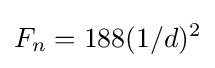
F_{n}=188(1/d)^{2}